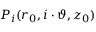
P _ { i } ( r _ { 0 } , i \cdot \vartheta , z _ { 0 } )